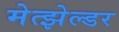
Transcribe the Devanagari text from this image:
मेत्झेल्डर